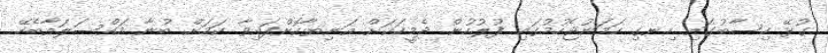
ގުޅޭ ހިސާބުގައި ހިނގި ހަމަނުޖެހުމުގައި ފުލުހުން ދެމީހަކަށް އަނިޔާކޮށްފައިވާ ކަމަށް ބުނާ މައްސަލައާބެހޭ